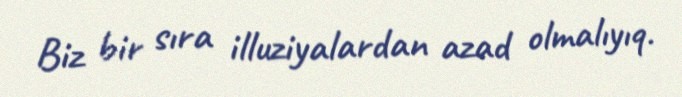
Biz bir sıra illuziyalardan azad olmalıyıq.